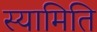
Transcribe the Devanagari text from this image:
स्यामिति